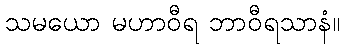
သမယော မဟာဝီရ ဘာဝီရသာနံ။